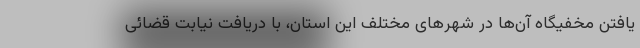
یافتن مخفیگاه آن‌ها در شهرهای مختلف این استان، با دریافت نیابت قضائی